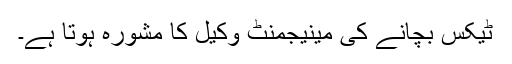
ٹیکس بچانے کی مینیجمنٹ وکیل کا مشورہ ہوتا ہے۔